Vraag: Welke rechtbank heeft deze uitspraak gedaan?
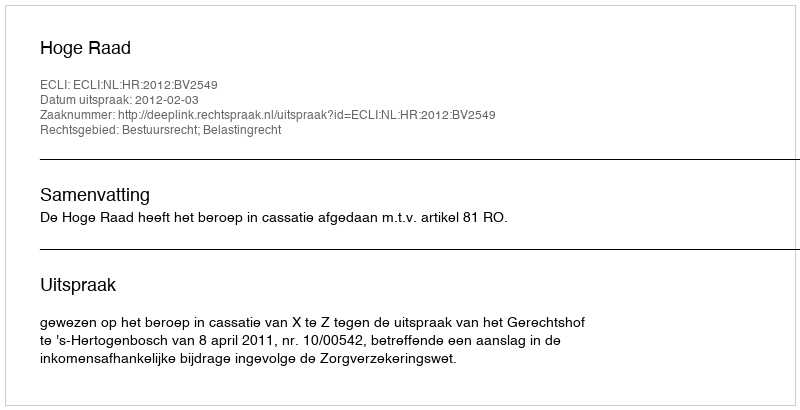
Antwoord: Hoge Raad